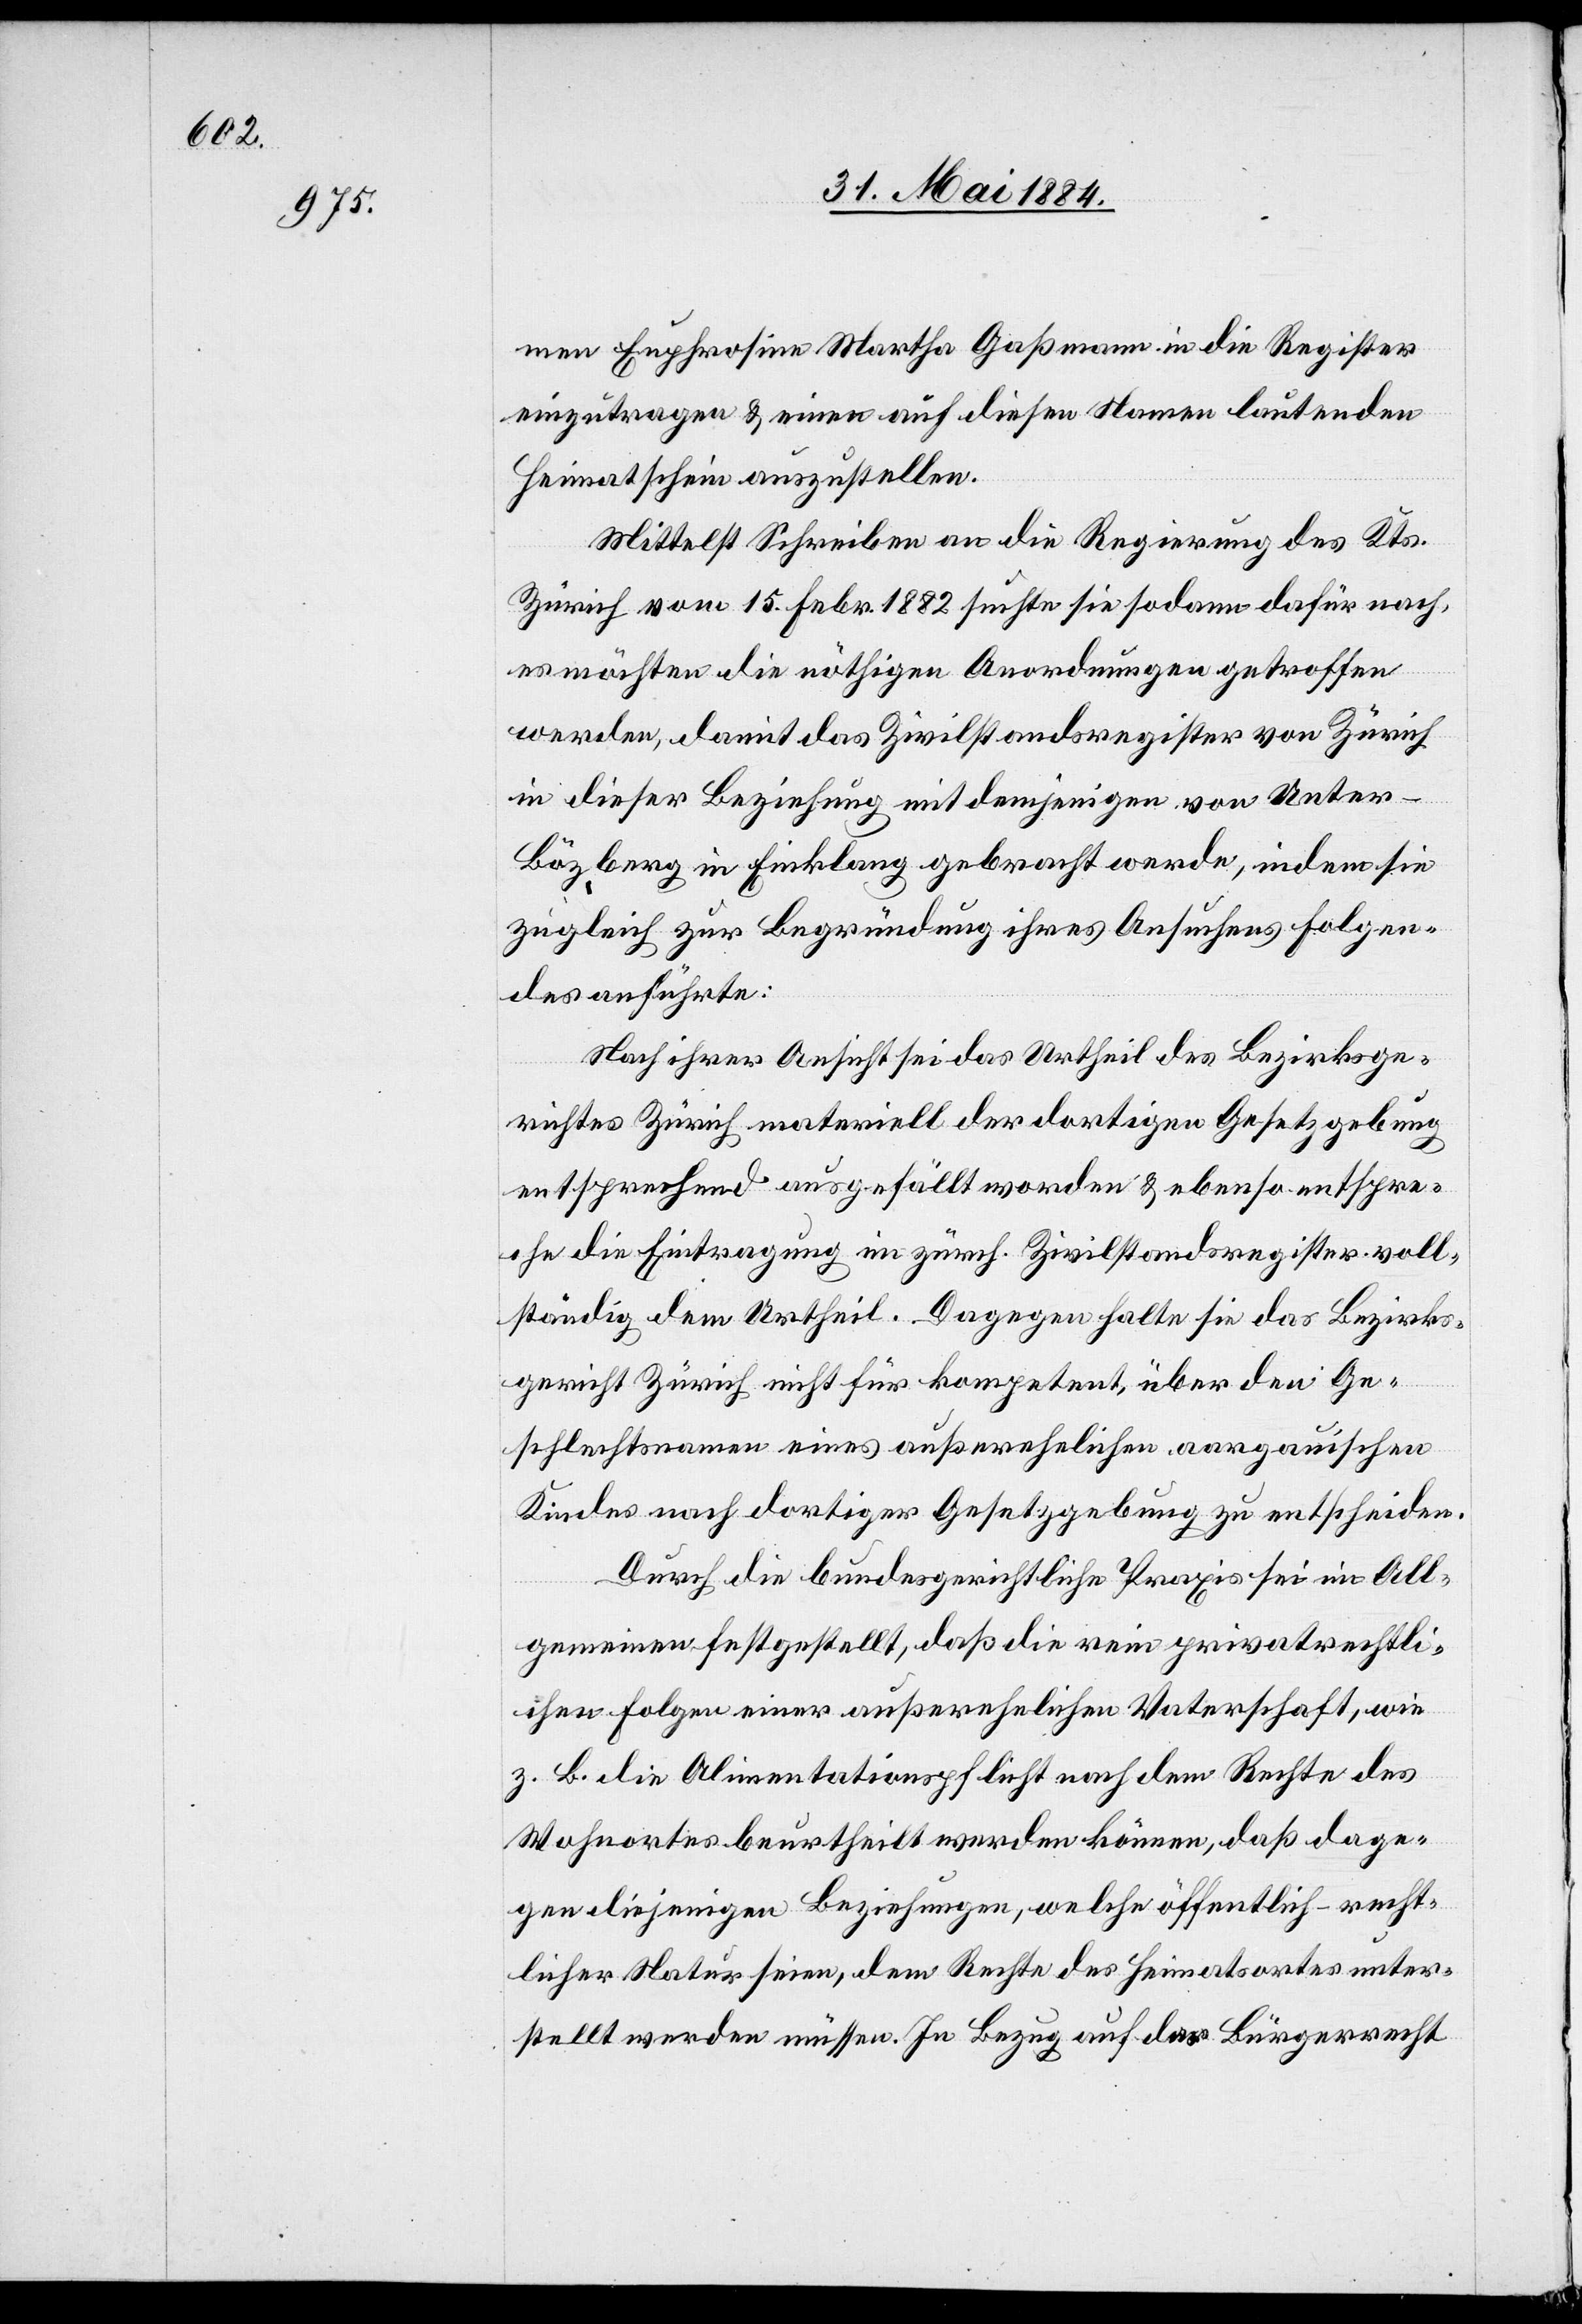
men Euphrosine Martha Gaßmann in die Register
einzutragen & einen auf diesen Namen lautenden
Heimatschein auszustellen.
Mittelst Schreiben an die Regierung des Kts.
Zürich vom 15. Febr. 1882 suchte sie sodann dafür nach,
es möchten die nöthigen Anordnungen getroffen
werden, damit das Zivilstandsregister von Zürich
in dieser Beziehung mit demjenigen von Unter-B¬
özberg in Einklang gebracht werde, indem sie
zugleich zur Begründung ihres Ansuchens folgen¬
des anführte:
Nach ihrer Ansicht sei das Urtheil des Bezirksge¬
richtes Zürich materiell der dortigen Gesetzgebung
entsprechend ausgefällt worden & ebenso entspre¬
che die Eintragung im zürch. Zivilstandsregister voll¬
ständig dem Urtheil. Dagegen halte sie das Bezirks¬
gericht Zürich nicht für kompetent über den Ge¬
schlechtsnamen eines außerehelichen aargauischen
Kindes nach dortiger Gesetzgebung zu entscheiden.
Durch die bundesgerichtliche Praxis sei im All¬
gemeinen festgestellt, daß die rein privatrechtli¬
chen Folgen einer außerehelichen Vaterschaft, wie
z. B. die Alimentationspflicht nach dem Rechte des
Wohnortes beurtheilt werden können, daß dage¬
gen diejenigen Beziehungen, welche öffentlich-recht¬
licher Natur seien, dem Rechte des Heimatortes unter¬
stellt werden müssen. In Bezug auf das Bürgerrecht